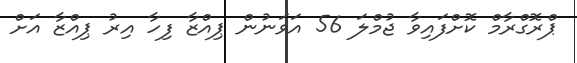
ޕްރޮގްރާމް ކޮށްފައިވާ ޖުމްލަ 56 އަވަނުން ޕިއްޒާ ފިހާ އިރު ޕިއްޒާ އަށް